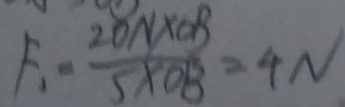
F _ { 1 } = \frac { 2 0 N \times O B } { 5 \times O B } = 4 N